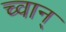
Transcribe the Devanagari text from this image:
च्वान्